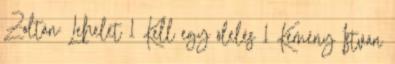
Zoltán: Lehelet 1 Kell egy ölelés 1 Kemény István